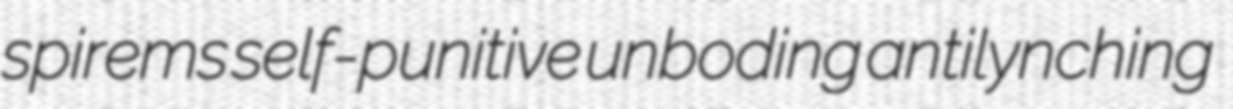
spirems self-punitive unboding antilynching